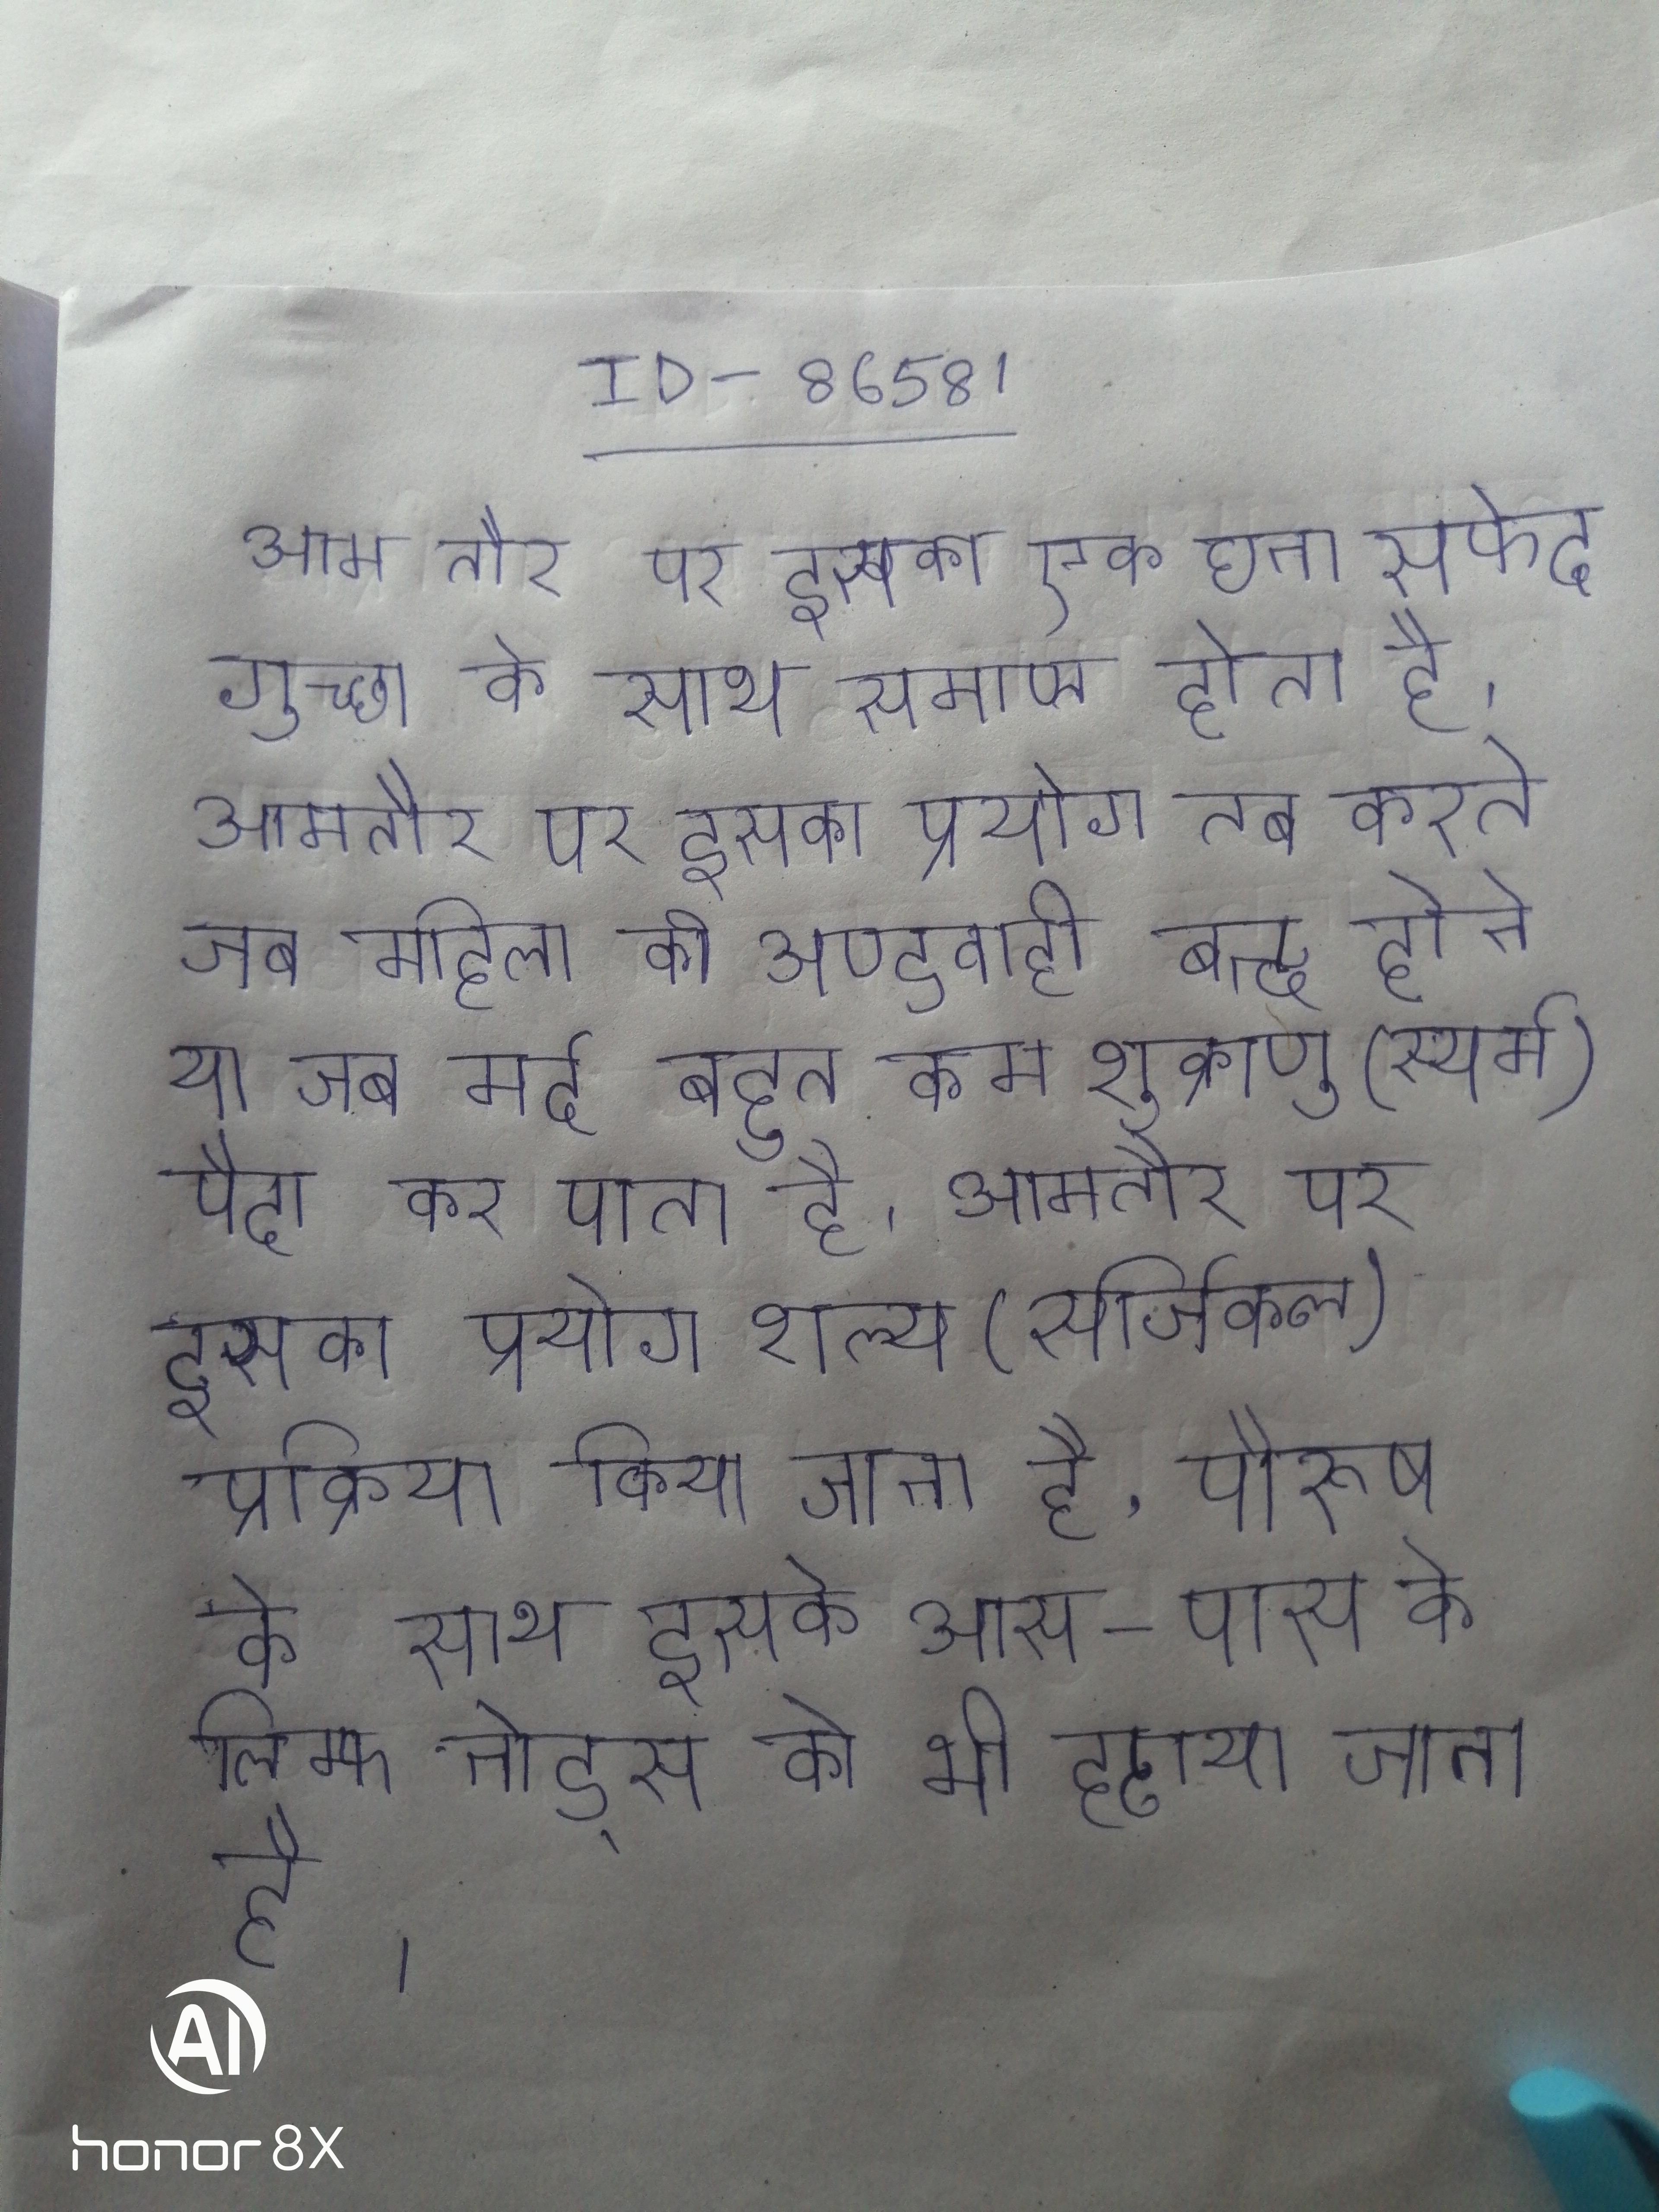
आम तौर पर इसका एक घना सफेद गुच्छा के साथ समाप्त होता है । आमतौर पर इसका प्रयोग तब करते जब महिला की अण्डवाही बन्द होने या जब मर्द बहुत कम शुक्राणु (स्पर्म) पैदा कर पाता है । आमतौर पर इसका प्रयोग शल्य (सर्जिकल) प्रक्रिया किया जाता है, पौरूष के साथ इसके आस-पास के लिम्फ नोड्स को भी हटाया जाता है ।